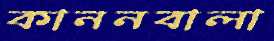
কাননবালা